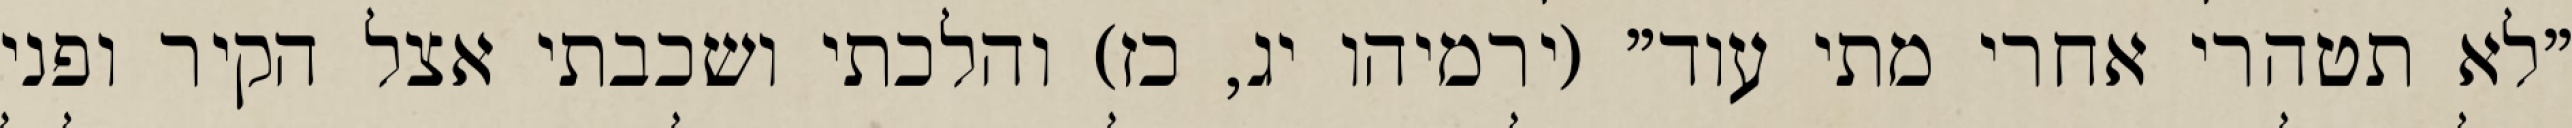
"לא תטהרי אחרי מתי עוד" (ירמיהו יג, כז) והלכתי ושכבתי אצל הקיר ופני